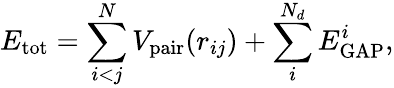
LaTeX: E_{\textrm{tot}}=\sum_{i<j}^{N}V_{\textrm{pair}}(r_{ij})+\sum_{i}^{N_{d}}E_{\textrm{GAP}}^{i},